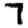
Digit: 7